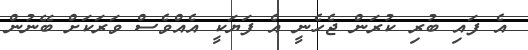
އެ ފައި ބުރި ކުރަން ޖެހެނީ އެ ފަޔަކީ އެއްވެސް ވަރަކަށް ބޭނުން